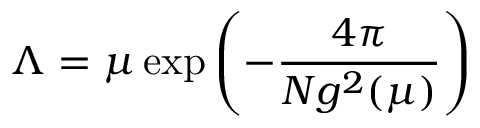
\Lambda = \mu \exp \left( - \frac { 4 \pi } { N g ^ { 2 } ( \mu ) } \right)